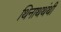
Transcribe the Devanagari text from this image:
थिनाथथंथी